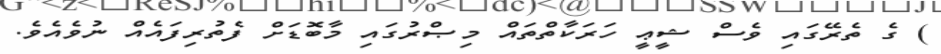
) ގެ ތެރޭގައި ވެސް ޝީޢީ ހަރަކާތްތައް މިޞްރުގައި މާބޮޑަށް ފެތުރިފައެއް ނުވެއެވެ.